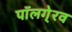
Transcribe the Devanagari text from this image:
पॉलगे्रव